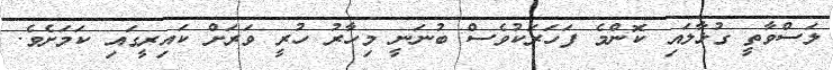
ލަސްވާތީ ގުޅާލައި ކޮންމެ ފަހަރަކުވެސް ބުނަނީ މިހާރު ހުރީ ވަރަށް ކައިރީގައި ކަމަށެވެ.